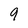
Character: 9